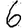
Digit: 6